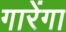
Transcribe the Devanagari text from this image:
गारेंगा